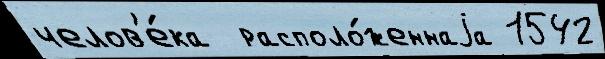
челов'е́ка  располо́женнаjа 1542